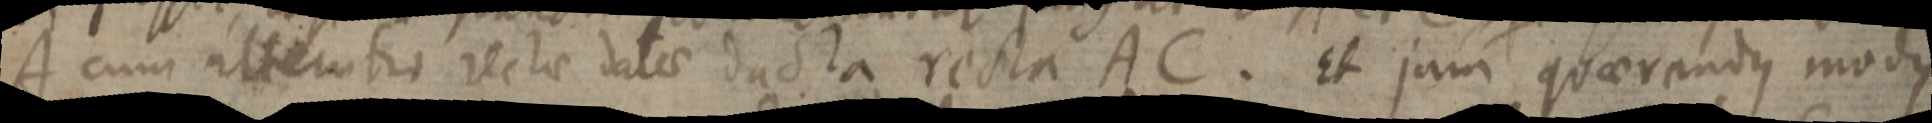
A cum alteratio rectae datae ducta recta AC. Et jam quaerandus modus